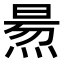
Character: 𤋁